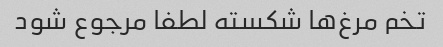
تخم مرغ‌ها شکسته لطفا مرجوع شود